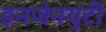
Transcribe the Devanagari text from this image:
इनजेनयुटी